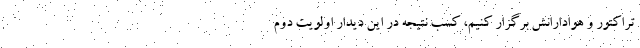
تراکتور و هوادارانش برگزار کنیم، کسب نتیجه در این دیدار اولویت دوم